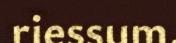
riessum.